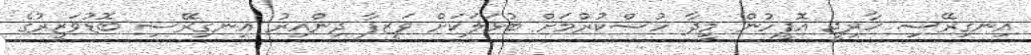
އިނގިރޭސި ޚާރިޖީ އޮފީހުން މީދާ ހުސްކުރުމަށް ބުޅަލަކަށް ވަޒީފާ ދިންއިރު އިނގިރޭސި ބޮޑުވަޒީރުގެ